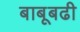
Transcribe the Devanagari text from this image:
बाबूबढी